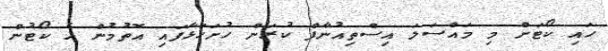
ހައި ކޯޓަށް މި މައްސަލަ އިސްތިއުނާފް ކުރަން ހުށަހަޅާފައި އޮތުމުން އެ ކޯޓުން